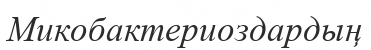
Микобактериоздардың